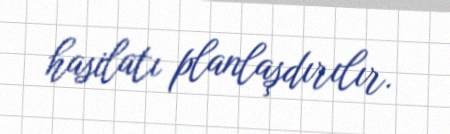
hasilatı planlaşdırılır.